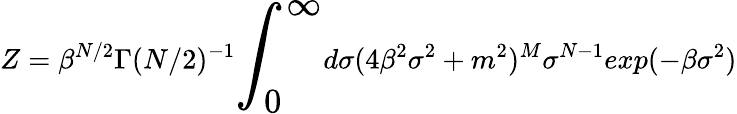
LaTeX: Z=\beta^{N/2}\Gamma(N/2)^{-1}{\LARGE\int_{0}^{\infty}}d\sigma(4\beta^{2}\sigma^{2}+m^{2})^{M}\sigma^{N-1}exp(-\beta\sigma^{2})